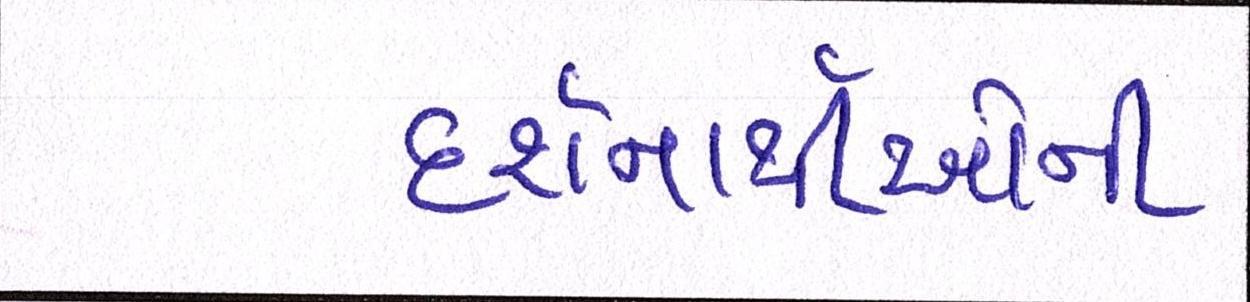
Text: દર્શનાર્થીઓની